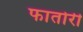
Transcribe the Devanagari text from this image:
फातोरी